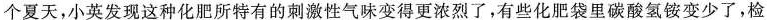
个夏天，小英发现这种化肥所特有的刺激性气味变得更浓烈了，有些化肥袋里碳酸氢铵变少了，检